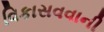
વિકાસવવાની